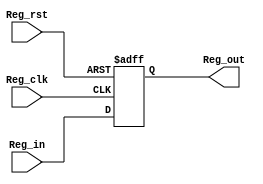
module Register (
    output reg   [31:0]   Reg_out,

    input  wire  [31:0]   Reg_in,
    input  wire           Reg_clk,
    input  wire           Reg_rst
);

always @ (posedge Reg_clk or negedge Reg_rst)
begin 
    if (!Reg_rst)
        Reg_out <= 16'b0;
        
    else
        Reg_out <= Reg_in;
end

endmodule